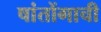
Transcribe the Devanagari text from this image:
षांतोंगाची